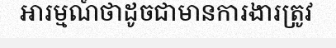
អារម្មណ៍ថាដូចជាមានការងារត្រូវ